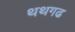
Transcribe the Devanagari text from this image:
थथगढ